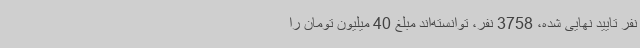
نفر تایید نهایی شده، 3758 نفر، توانسته‌اند مبلغ 40 میلیون تومان را